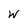
Character: W